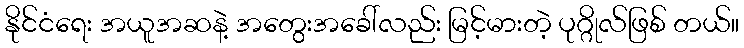
နိုင်ငံရေး အယူအဆနဲ့ အတွေးအခေါ်လည်း မြင့်မားတဲ့ ပုဂ္ဂိုလ်ဖြစ် တယ်။